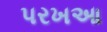
પરખઆ